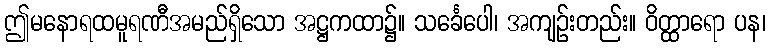
ဤမနောရထမူရဏီအမည်ရှိသော အဋ္ဌကထာ၌။ သင်္ခေပေါ၊ အကျဉ်းတည်း။ ဝိတ္ထာရော ပန၊